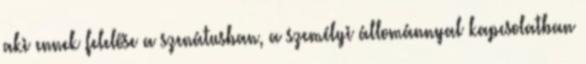
aki ennek felelőse a szenátusban, a személyi állománnyal kapcsolatban